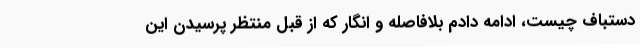
دستباف چیست، ادامه دادم بلافاصله و انگار که از قبل منتظر پرسیدن این